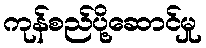
ကုန်စည်ပို့ဆောင်မှု